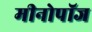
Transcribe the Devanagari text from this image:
मीनोपॉज